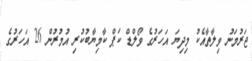
ޖަރުމަނު ވިލާތާއެކު މިދިޔަ އަހަރުގެ ވޯލްޑް ކަޕް ކާމިޔާބުކުރި އުމުރުން 26 އަހަރުގެ